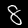
Digit: 8